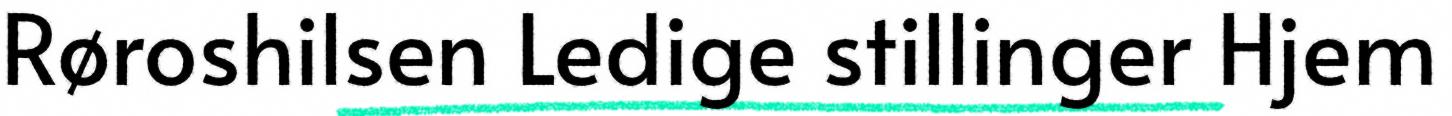
Røroshilsen Ledige stillinger Hjem